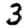
Digit: 3